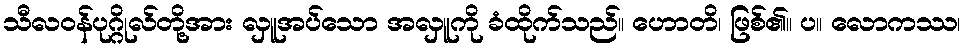
သီလဝန်ပုဂ္ဂိုလ်တို့အား လှူအပ်သော အလှူကို ခံထိုက်သည်။ ဟောတိ၊ ဖြစ်၏။ ပ။ လောကဿ၊